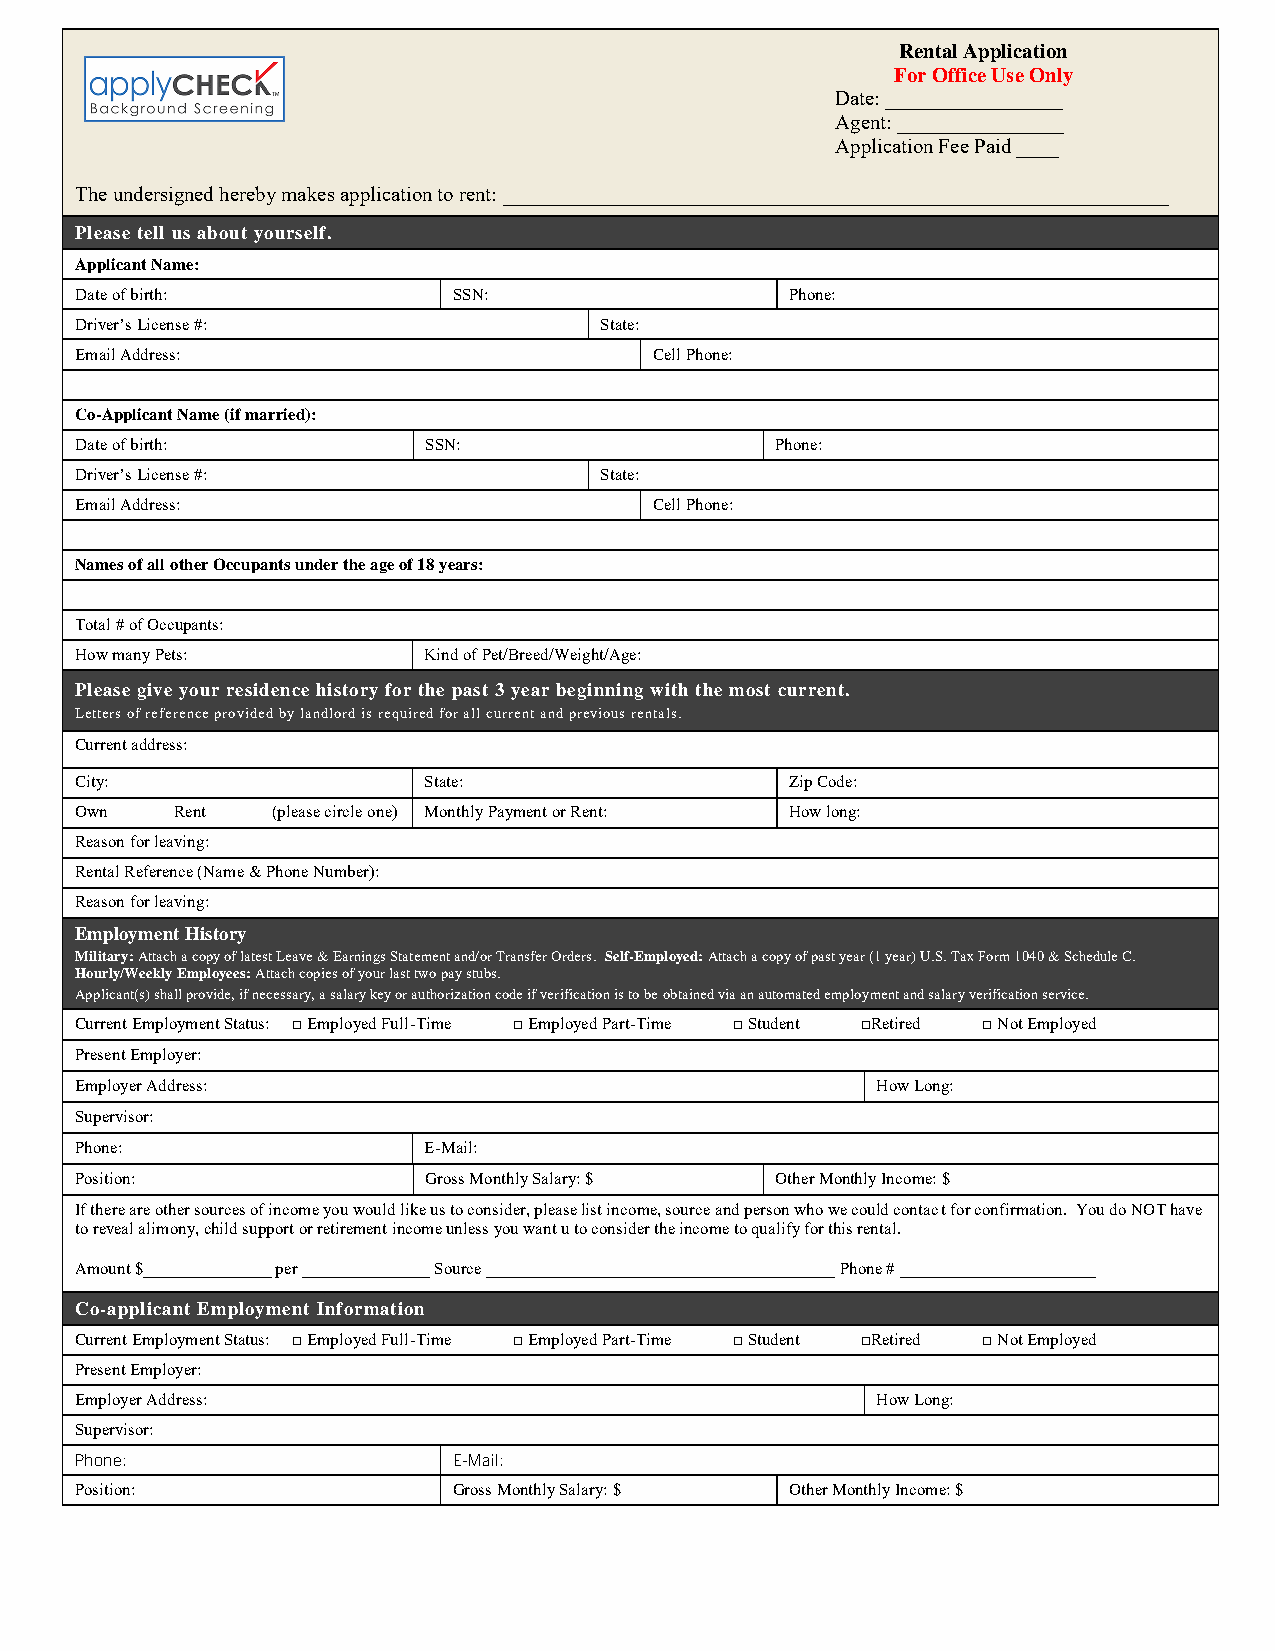
Rental Application
 For Office Use Only
 Date: _________________
 Agent: ________________
 Application Fee Paid ____
 The undersigned hereby makes application to rent: ________________________________________________________________
 Please tell us about yourself.
 Applicant Name:
 Date of birth:           SSN:                  Phone:
 Driver’s License #:                State:
 Email Address:                        Cell Phone:
 Co-Applicant Name (if married):
 Date of birth:         SSN:                   Phone:
 Driver’s License #:                State:
 Email Address:                        Cell Phone:
 Names of all other Occupants under the age of 18 years:
 Total # of Occupants:
 How many Pets:         Kind of Pet/Breed/Weight/Age:
 Please give your residence history for the past 3 year beginning with the most current.
 Letters of reference provided by landlord is required for all current and previous rentals.
 Current address:
 City:                  State:                  Zip Code:
 Own   Rent   (please circle one) Monthly Payment or Rent: How long:
 Reason for leaving:
 Rental Reference (Name & Phone Number):
 Reason for leaving:
 Employment History
 Military: Attach a copy of latest Leave & Earnings Statement and/or Transfer Orders. Self-Employed: Attach a copy of past year (1 year) U.S. Tax Form 1040 & Schedule C.
 Hourly/Weekly Employees: Attach copies of your last two pay stubs.
 Applicant(s) shall provide, if necessary, a salary key or authorization code if verification is to be obtained via an automated employment and salary verification service.
 Current Employment Status: □Employed Full-Time □Employed Part-Time □Student □Retired □Not Employed
 Present Employer:
 Employer Address:                                    How Long:
 Supervisor:
 Phone:                 E-Mail:
 Position:              Gross Monthly Salary: $ Other Monthly Income: $
 If there are other sources of income you would like us to consider, please list income, source and person who we could contact for confirmation. You do NOT have
 to reveal alimony, child support or retirement income unless you want u to consider the income to qualify for this rental.
 Amount $_______________ per _______________ Source _________________________________________ Phone # _______________________
 Co-applicant Employment Information
 Current Employment Status: □Employed Full-Time □Employed Part-Time □Student □Retired □Not Employed
 Present Employer:
 Employer Address:                                    How Long:
 Supervisor:
 Phone:                   E-Mail:
 Position:                Gross Monthly Salary: $ Other Monthly Income: $